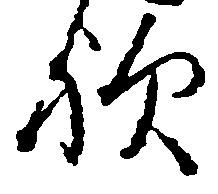
歟